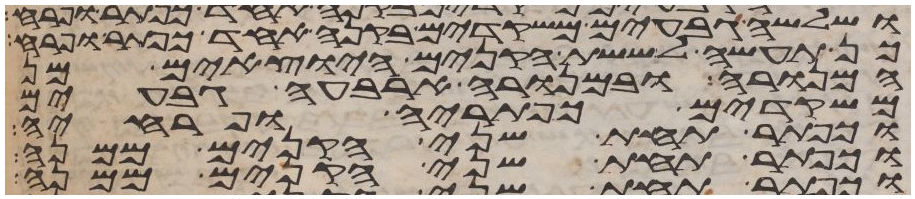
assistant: ושלשה גבעים משקדים בקנה אחד כפתר ופרח
כן תעשה לששת הקנים היצאים מן
המנורה ובמנורה ארבעה גבעים
משקדים כפתריה ופרחיה
וכפתר תחת שני הקנים ממנה
וכפתר תחת שני הקנים ממנה